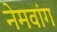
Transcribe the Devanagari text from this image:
नेमवांग